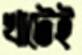
খাটেই